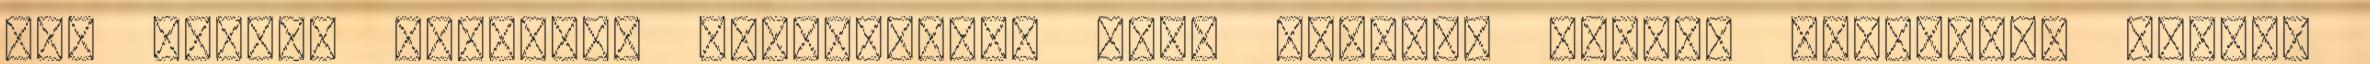
már kicsit nehezebb elképzelni, hogy rendező nélkül bármilyen filmet